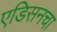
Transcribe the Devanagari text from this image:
एडिसनचा